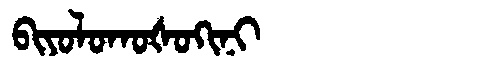
Manchu: ᠪᡳᠶᠣᠯᠣᡴᠣᡧᠣᡴᡳᠨᡳ
Romanization: BIYOLOKOŠOKINI